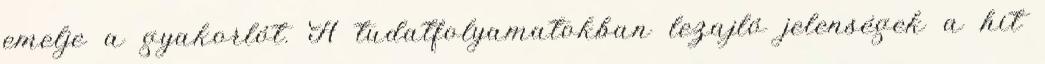
emelje a gyakorlót. A tudatfolyamatokban lezajló jelenségek a hit